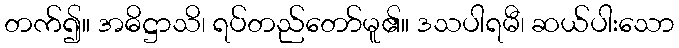
တက်၍။ အဓိဋ္ဌာသိ၊ ရပ်တည်တော်မူ၏။ ဒသပါရမီ၊ ဆယ်ပါးသော